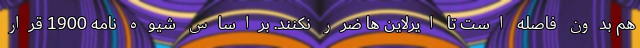
هم بدون فاصله است تا ایرلاین ها ضرر نکنند. براساس شیوه نامه 1900 قرار